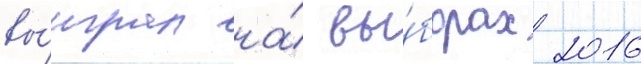
вы́играл на́ вы́борах 2016